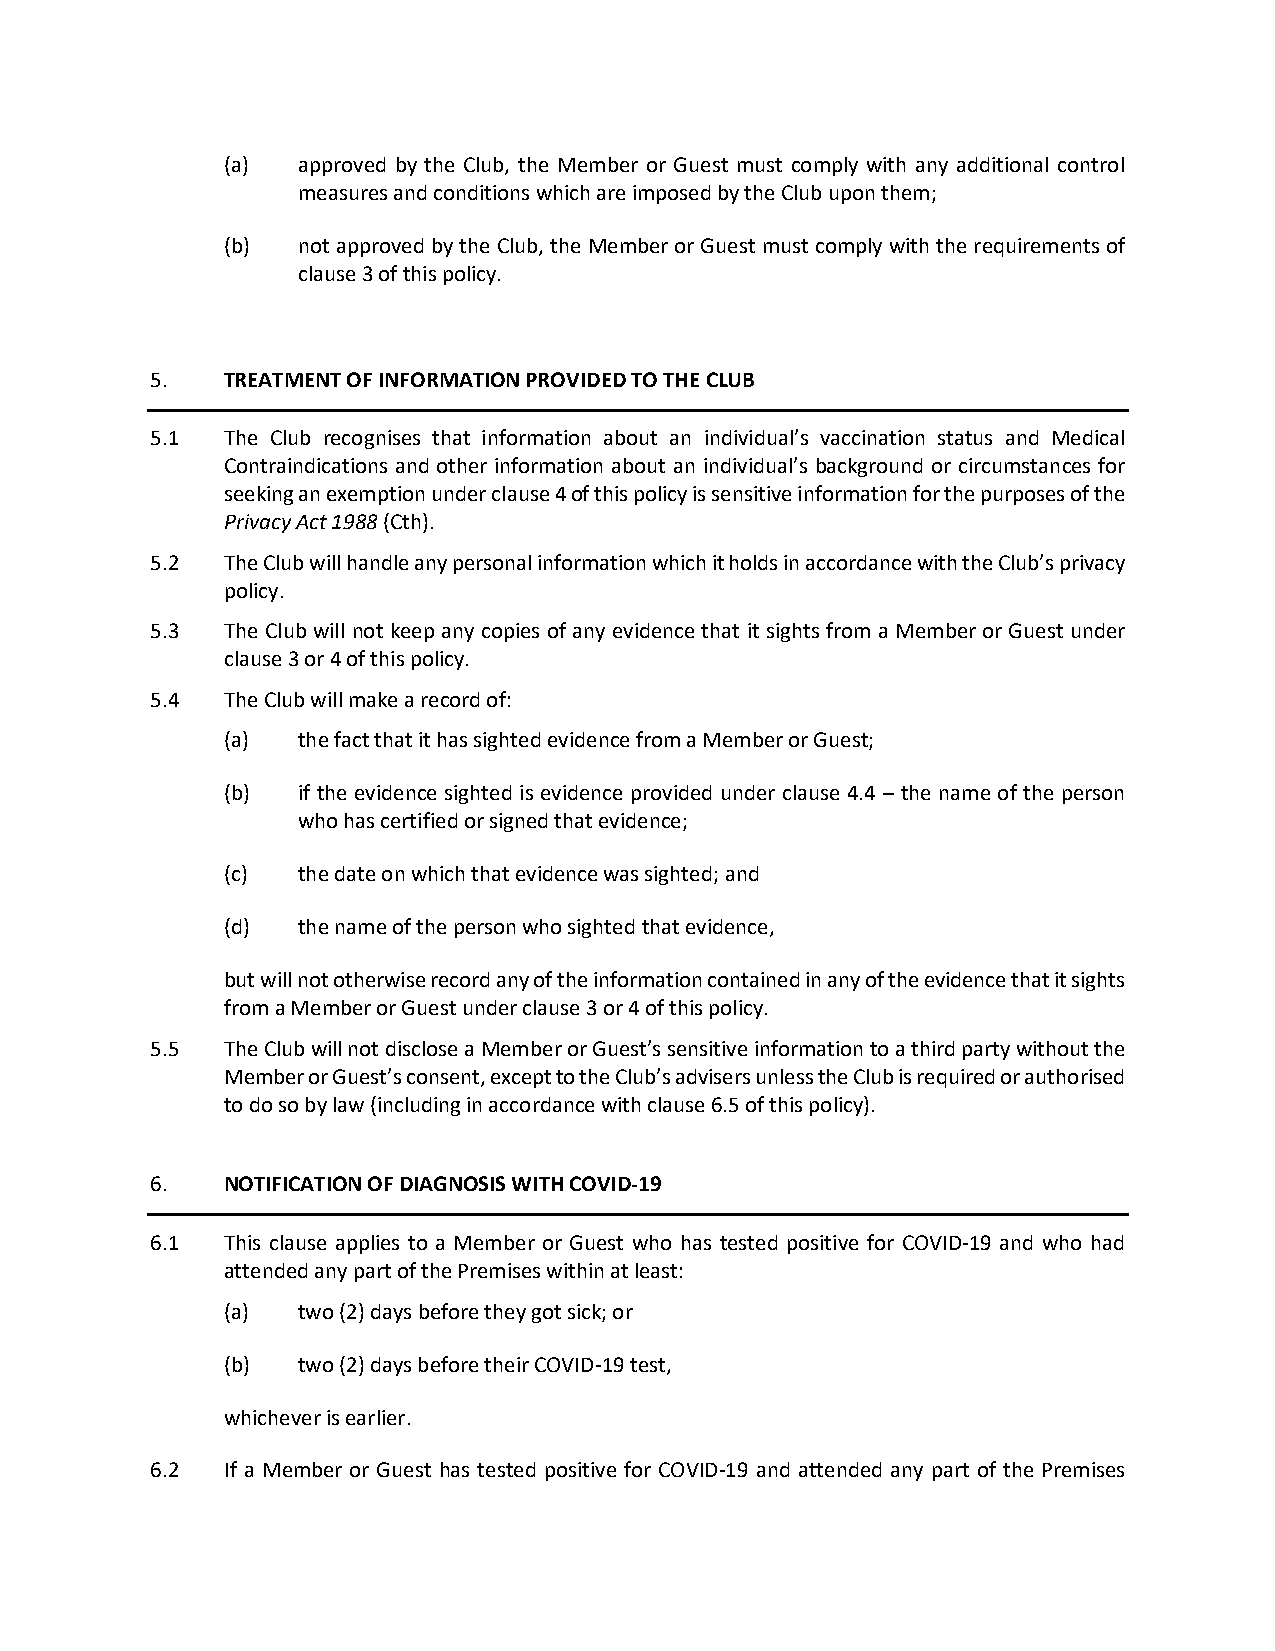
(a)  approved by the Club, the Member or Guest must comply with any additional control
 measures and conditions which are imposed by the Club upon them;
 (b)  not approved by the Club, the Member or Guest must comply with the requirements of
 clause 3 of this policy.
 5.   TREATMENT OF INFORMATION PROVIDED TO THE CLUB
 5.1  The Club recognises that information about an individual’s vaccination status and Medical
 Contraindications and other information about an individual’s background or circumstances for
 seeking an exemption under clause 4 of this policy is sensitive information for the purposes of the
 Privacy Act 1988 (Cth).
 5.2  The Club will handle any personal information which it holds in accordance with the Club’s privacy
 policy.
 5.3  The Club will not keep any copies of any evidence that it sights from a Member or Guest under
 clause 3 or 4 of this policy.
 5.4  The Club will make a record of:
 (a)  the fact that it has sighted evidence from a Member or Guest;
 (b)  if the evidence sighted is evidence provided under clause 4.4 – the name of the person
 who has certified or signed that evidence;
 (c)  the date on which that evidence was sighted; and
 (d)  the name of the person who sighted that evidence,
 but will not otherwise record any of the information contained in any of the evidence that it sights
 from a Member or Guest under clause 3 or 4 of this policy.
 5.5  The Club will not disclose a Member or Guest’s sensitive information to a third party without the
 Member or Guest’s consent, except to the Club’s advisers unless the Club is required or authorised
 to do so by law (including in accordance with clause 6.5 of this policy).
 6.   NOTIFICATION OF DIAGNOSIS WITH COVID-19
 6.1  This clause applies to a Member or Guest who has tested positive for COVID-19 and who had
 attended any part of the Premises within at least:
 (a)  two (2) days before they got sick; or
 (b)  two (2) days before their COVID-19 test,
 whichever is earlier.
 6.2  If a Member or Guest has tested positive for COVID-19 and attended any part of the Premises